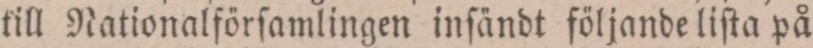
till Nationalförſamlingen inſändt följande liſta på